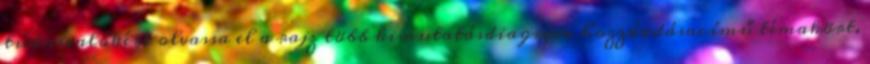
tudnivalókért olvassa el a rajz több kimutatásdiagram hozzáadásacímű témakört.